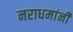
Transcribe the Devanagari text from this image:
नराधमांनी